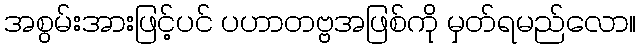
အစွမ်းအားဖြင့်ပင် ပဟာတဗ္ဗအဖြစ်ကို မှတ်ရမည်လော။